Indian Civil Veterinary Department memoirs
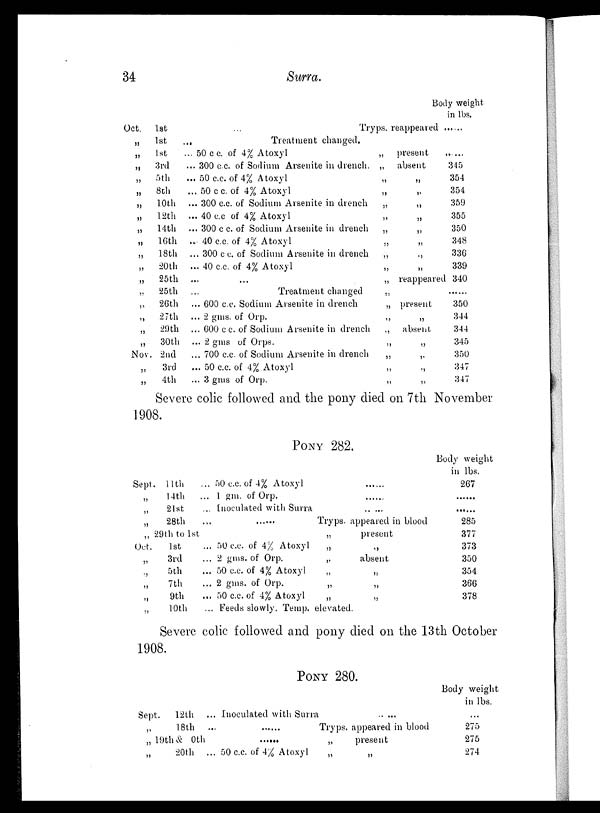
34
Surra.
Oct. 1st
„ 1st
„ 1st
„ 3rd
„ 5th
„ 8th
„ 10th
„ 12th
„ 14th
„ 16th
„ 18th
„
20th
„
25th
„
25th
„
26th
„
27th
„
29th
„
30th
Nov. 2nd
„
3rd
„ 4th
... Tryps. reappeared
...
Treatment changed.
... 50 c c. of 4% Atoxyl
„
present
.. 300 c. c. of Sodium Arsenite in drench. „
absent
... 50 c. c. of 4% Atoxyl
„
„
... 50 cc. of 4% Atoxyl
„
„
... 300 cc. of Sodium Arsenite in drench
„
„
... 40 c.c of 4% Atoxyl
„
„
... 300 c c. of Sodium Arsenite in drench
„
„
... 40 c.c. of 4% Atoxyl
„
„
... 300 c c. of Sodium Arsenite in drench
„
„
... 40 c.c. of 4% Atoxyl
„
„
...
...
„ reappeared
... Treatment changed
„
... 600 c.c. Sodium Arsenite in drench
„
present
... 2 gms. of Orp.
„
„
... 600 c.c. of Sodium Arsenite in drench
„
absent
... 2 gms of Orps.
„
„
... 700 c.c. of Sodium Arsenite in drench
„
„
... 50 c.c. of 4% Atoxyl
„
„
... 3 gms of Orp.
„
„
Body weight
in lbs.
......
......
345
354
354
359
355
350
348
336
339
340
350
344
344
345
350
347
347
Severe colic followed and the pony died on 7th November
1908.
PONY 282.
Sept. 11th
„
14th
„
21st
„
28th
„ 29th to 1st
Oct.
1st
„
3rd
„
5th
„
7th
„
9th
„ 10th
... 50 c.c. of 4% Atoxyl
......
.. 1 gm. of Orp. ......
... Inoculated with Surra
......
... ......
Tryps. appeared in blood
„
present
... 50 c.c. of 4% Atoxyl
„
„
... 2 gms. of Orp.
„
absent
... 50 c.c. of 4% Atoxyl
„
„
... 2 gms. of Orp.
„
„
... 50 c.c. of 4% Atoxyl
„
„
... Feeds slowly. Temp. elevated
Body weight
in lbs.
267
......
......
285
377
373
350
354
366
378
Severe colic followed and pony died on the 13th October
1908.
PONY 280.
Sept.
12th
... Inoculated with Surra
......
„
18th
...
......
Tryps. appeared in blood
„ 19th &
20th
......
„
present
„
20th
... 50 c.c. of 4% Atoxyl
„
„
Body weight
in lbs.
...
275
275
274